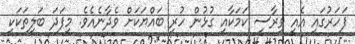
ފަހަރުގައި އެއީ ވިރާސީ ކަމަކާއި ގުޅުން ހުރި ބައްޔަކަށް ވެދާނެއެވެ. މިފަދަ ބަލިތަކަކީ